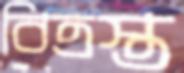
বিত্রস্ত